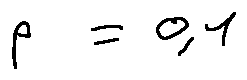
p = 0 , 1